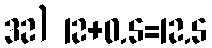
32) 12+0.5=12.5